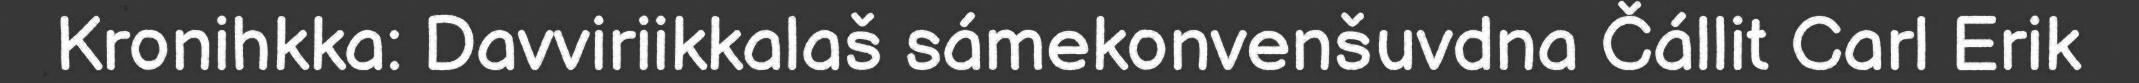
Kronihkka: Davviriikkalaš sámekonvenšuvdna Čállit Carl Erik